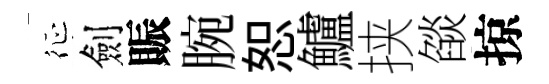
征劍賑腕恕鱸挟燄掠